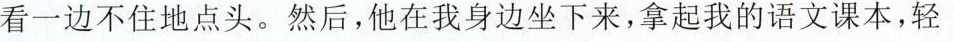
看一边不住地点头。然后，他在我身边坐下来，拿起我的语文课本，轻